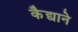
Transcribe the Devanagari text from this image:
कैद्याने